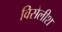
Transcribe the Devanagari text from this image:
विसेलीश